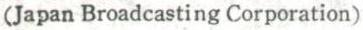
(Japan Broadcasting Corporation)